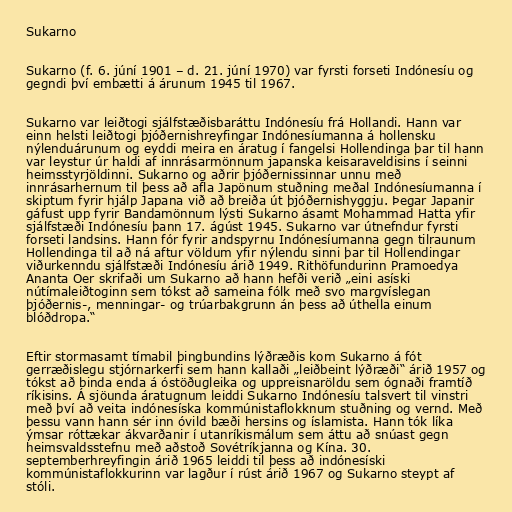
Sukarno

Sukarno (f. 6. júní 1901 – d. 21. júní 1970) var fyrsti forseti Indónesíu og
gegndi því embætti á árunum 1945 til 1967.

Sukarno var leiðtogi sjálfstæðisbaráttu Indónesíu frá Hollandi. Hann var
einn helsti leiðtogi þjóðernishreyfingar Indónesíumanna á hollensku
nýlenduárunum og eyddi meira en áratug í fangelsi Hollendinga þar til hann
var leystur úr haldi af innrásarmönnum japanska keisaraveldisins í seinni
heimsstyrjöldinni. Sukarno og aðrir þjóðernissinnar unnu með
innrásarhernum til þess að afla Japönum stuðning meðal Indónesíumanna í
skiptum fyrir hjálp Japana við að breiða út þjóðernishyggju. Þegar Japanir
gáfust upp fyrir Bandamönnum lýsti Sukarno ásamt Mohammad Hatta yfir
sjálfstæði Indónesíu þann 17. ágúst 1945. Sukarno var útnefndur fyrsti
forseti landsins. Hann fór fyrir andspyrnu Indónesíumanna gegn tilraunum
Hollendinga til að ná aftur völdum yfir nýlendu sinni þar til Hollendingar
viðurkenndu sjálfstæði Indónesíu árið 1949. Rithöfundurinn Pramoedya
Ananta Oer skrifaði um Sukarno að hann hefði verið „eini asíski
nútímaleiðtoginn sem tókst að sameina fólk með svo margvíslegan
þjóðernis-, menningar- og trúarbakgrunn án þess að úthella einum
blóðdropa.“

Eftir stormasamt tímabil þingbundins lýðræðis kom Sukarno á fót
gerræðislegu stjórnarkerfi sem hann kallaði „leiðbeint lýðræði“ árið 1957 og
tókst að binda enda á óstöðugleika og uppreisnaröldu sem ógnaði framtíð
ríkisins. Á sjöunda áratugnum leiddi Sukarno Indónesíu talsvert til vinstri
með því að veita indónesíska kommúnistaflokknum stuðning og vernd. Með
þessu vann hann sér inn óvild bæði hersins og íslamista. Hann tók líka
ýmsar róttækar ákvarðanir í utanríkismálum sem áttu að snúast gegn
heimsvaldsstefnu með aðstoð Sovétríkjanna og Kína. 30.
septemberhreyfingin árið 1965 leiddi til þess að indónesíski
kommúnistaflokkurinn var lagður í rúst árið 1967 og Sukarno steypt af
stóli.